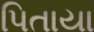
પિતાયા